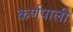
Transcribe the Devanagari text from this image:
कर्णपाली